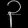
Digit: ၃